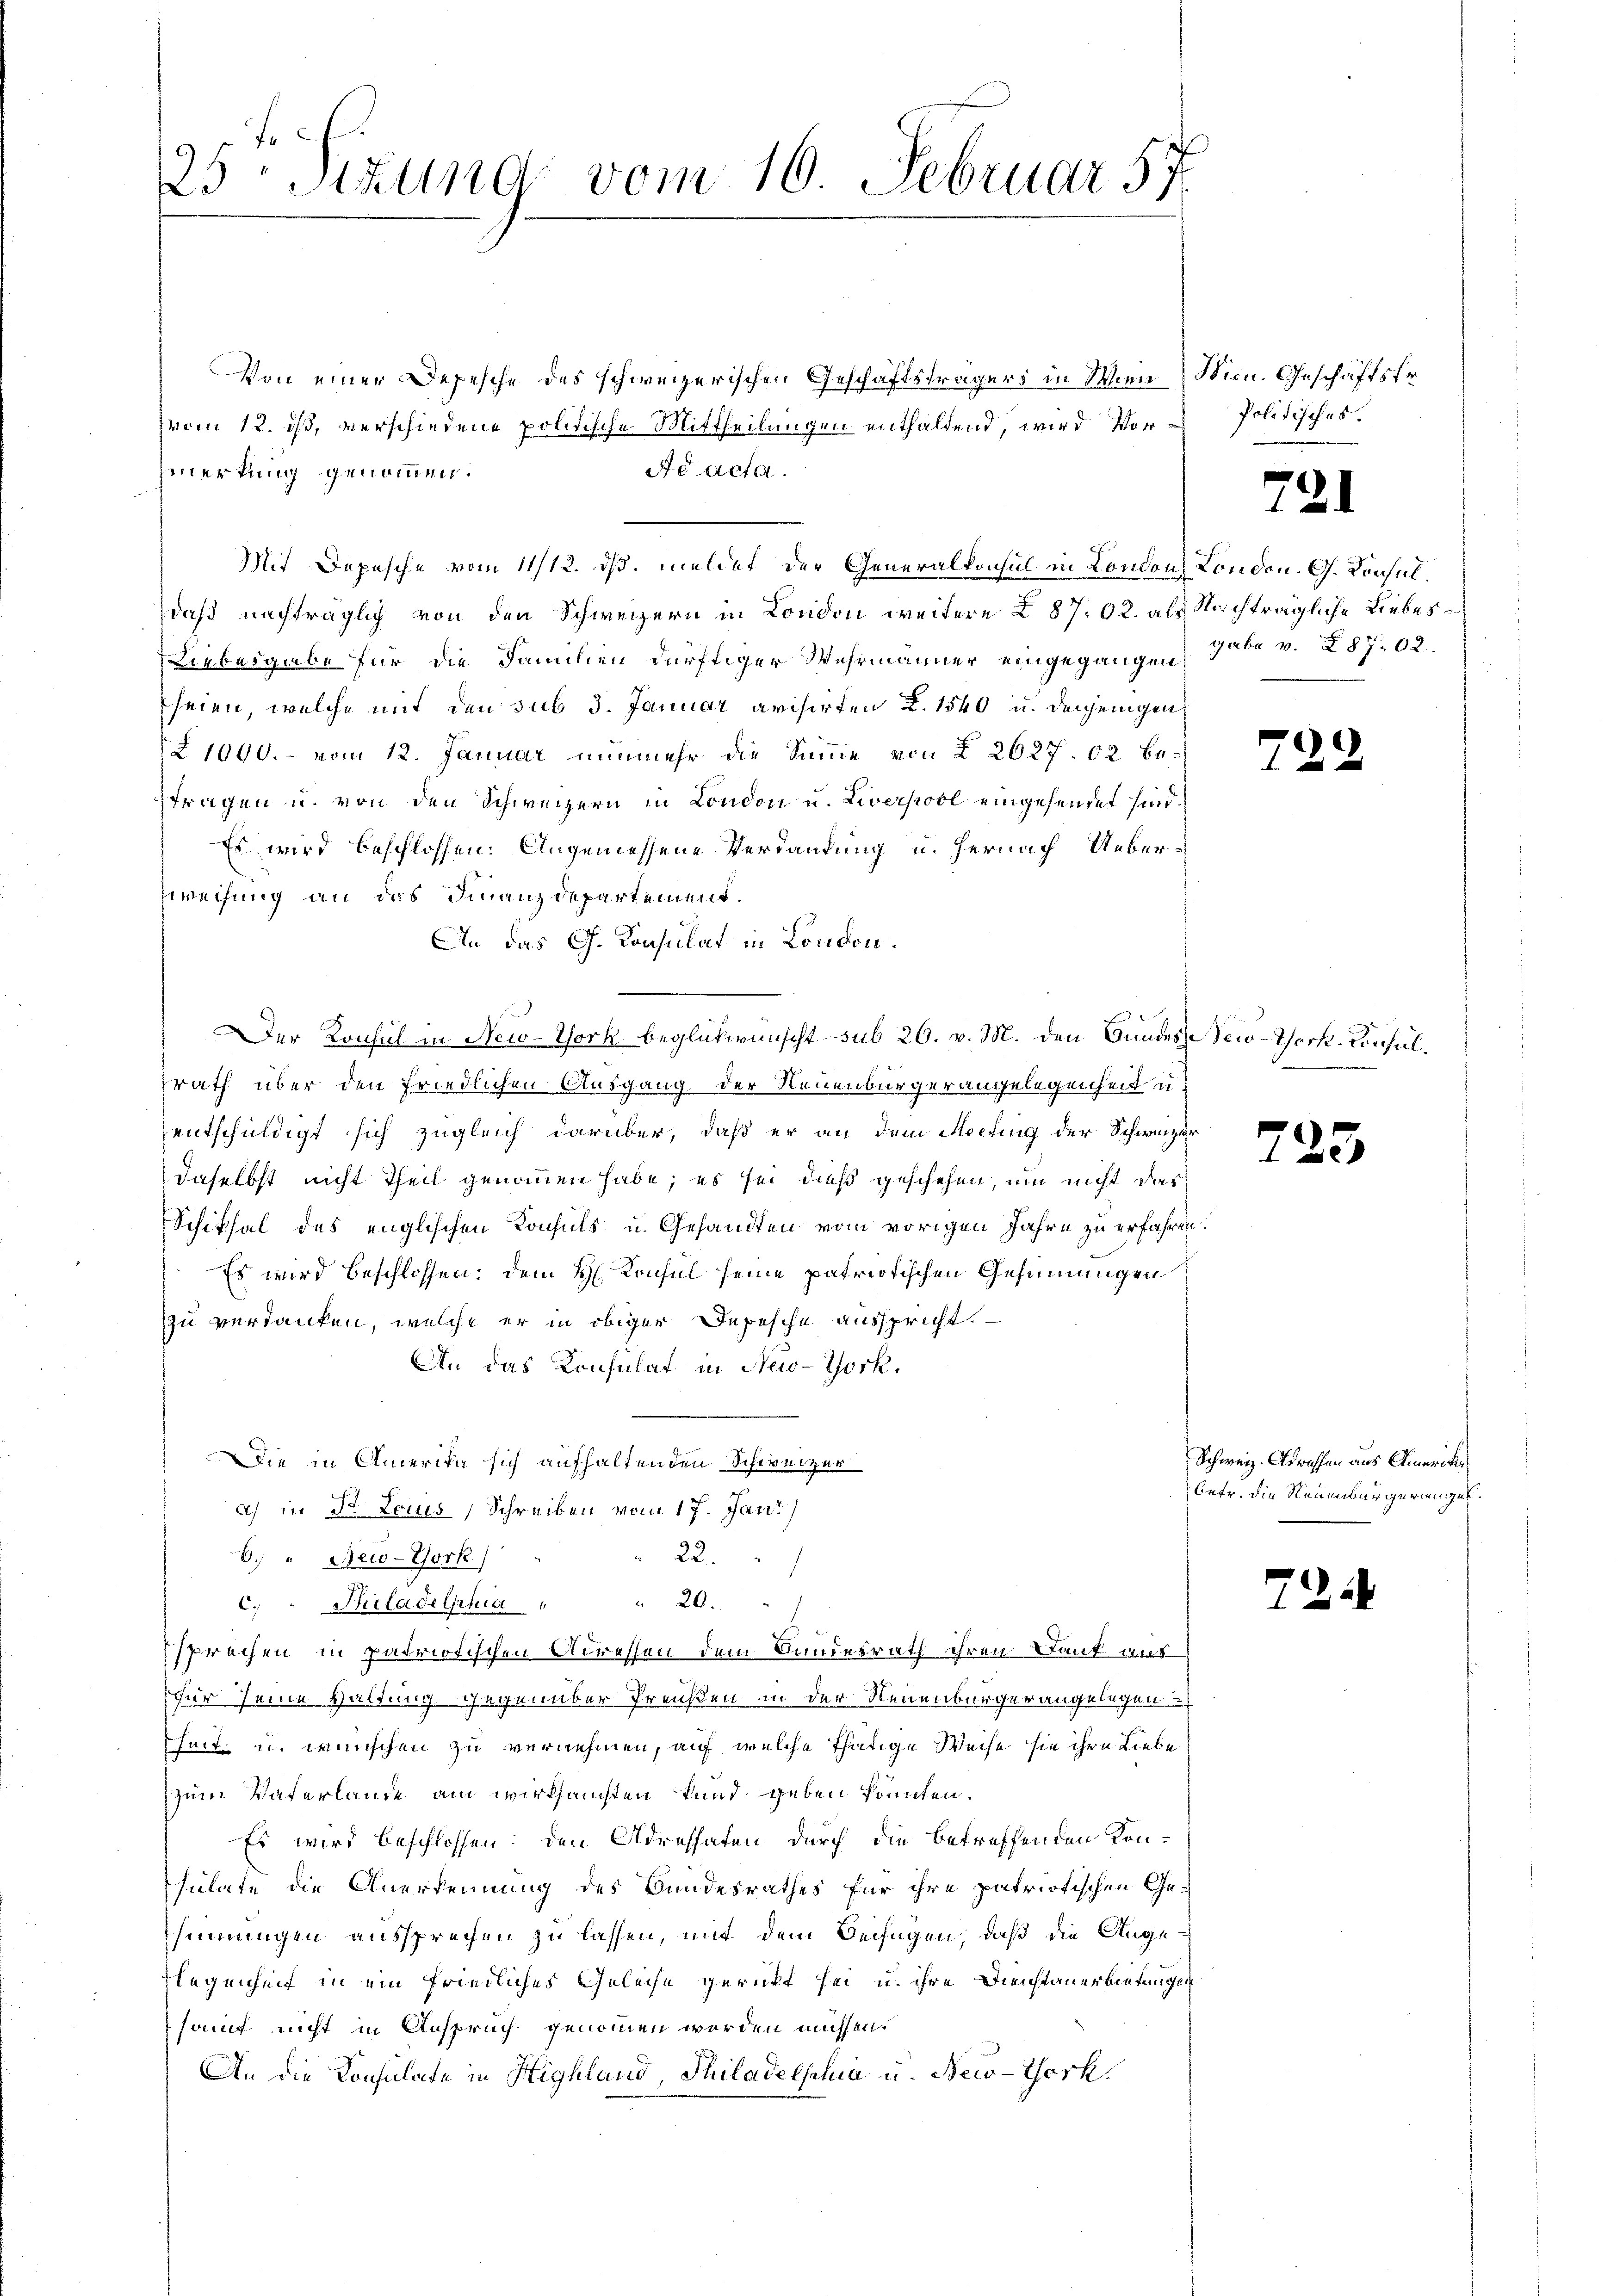
f
25 Setzung vom 16. Februar 57.

Von einer Depesche des schweizerischen Geschäftsträgers in Wien Wica. Geschäftstr
zvom 12. ist, verschiedene politische Mittheilungen enthaltend, wird Vormerkung genommen.
Ad acta.
daß nachträglich von den Schweizern in London weitere § 87. 92. als Nichträgliche Liebes¬
Liebesgabe für die Familien dürftiger Wehrmänner eingegangen, gabe v. 287. 62.
seien, welche mit den sub 3. Januar avisirten K. 1540 u. derjenigen
Z1090. - vom 12. Januar nunmehr die Summe von § 2627. 02 befragen u. von den Schweizern in London u. Liverpool eingehendet sind,
Es wird beschlossen: Angemessene Verdankung u. hernach Ueberzweihung an das Finanzdepartement.
An das G. Konsulat in London.

Der Konsul in New-York beglükwünscht sub 26. v. M. den Bundes New-York Einhelsrath über den friedlichen Ausgang der Neuenbürgerangelegenheit u.
entschuldigt sich zugleich darüber, daß er an dem Meching der Schweizer
daselbst nicht Theil genommen habe; es sei dieß geschehen, um nicht das
Schiksal des englischen Konsuls u. Gesandten vom vorigen Jahre zu erfahren
Es wird beschlossen: dem H. Konsul seine patriotischen Gesinnungen
zu verdanken, welche er in obiger Depesche ausspricht.
An das Konsulat in New-York,
DDie in Amerika sich aufhaltenden Schweizer
a) in St. Locus Schreiben vom 17. Janz)
22.
6. " New-York.)
.
c. " Philadelphia " " 20. "
sprechen in patriotischen Adressen dem Bundesrath ihren Dank aus
für seine Haltung gegenüber Preußen in der Neuenburger angelegen
heit u. wünschen zu vernehmen, auf welche thätige Weise sie ihre Liebe
zum Vaterlande am wirksamsten kund geben konnten.
Es wird beschlossen: den Adressaten durch die betreffenden Konsulate die Anerkennung des Bundesrathes für ihre patriotischen Ge-
sinnungen aussprechen zu lassen, mit dem Beifügen, daß die Angelegenheit in ein friedliches Geleihe gerückt sei u. ihre Dienstanerbietungen
sauf nicht in Anspruch genommen worden müssen.
An die Konsulate in Highland, Thiladelsalia u. New-York

Mit Depesche vom 11/12. ds. meldet der Generalkonsul in London London. G. Konsul¬

Politisches.

7

72

23

Schweiz. Adressen aus Amerik
betr. die Neuenburgerungen.